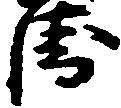
衛